Annual report of lunatic asylums [Bombay] - 1912-1922
Year: 1912
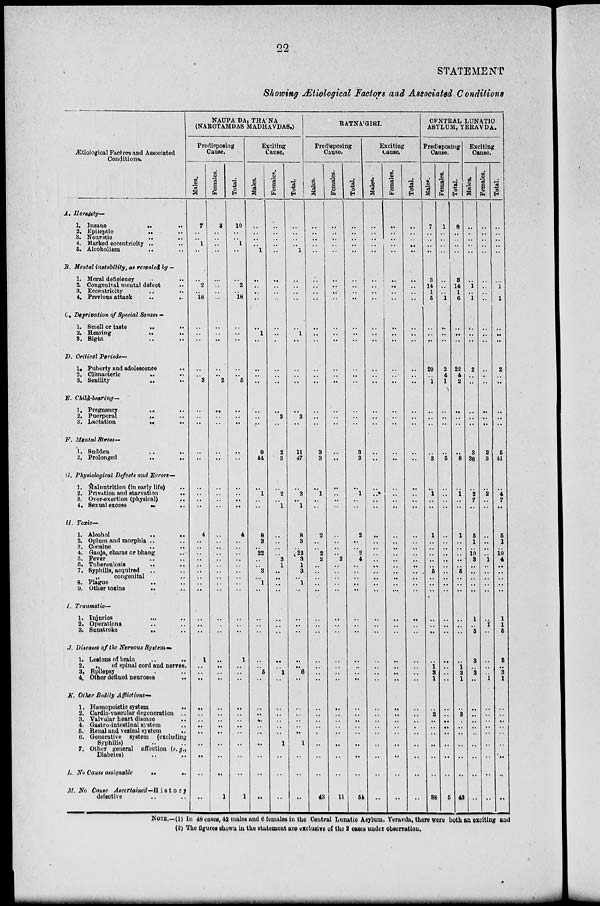
22
STATEMENT
Showing Ætiological Factors and Associated Conditions
Ætiological Factors and Associated
Conditions.
A. Heredity—
1. Insane
..
..
2. Epileptic
..
..
3. Neurotic
..
..
4. Marked eccentricity .. ..
5. Alcoholism
..
..
B. 3Iental instability, as revealed by —
1. Moral deficiency
..
..
2. Congeniial mental defect
..
3. Eccentricity
..
..
4. Previous attack
..
..
C. Deprivation of Special Senses -
1. Smell or taste
..
..
2. Hearing
..
..
3. Sight .. ..
D. Critical Periods—
1. Puberty and adolescence ..
2. Climacteric
..
..
3. Senility
..
..
E. Child-bearing—
1. Pregnancy
..
..
2. Puerperal
..
..
3. Lactation
..
..
F. Mental Stress—
1. Sudden
..
..
2. Prolonged
..
..
G. Physiological Defects and Errors—
1. Malnutrition (in early life) ..
2. Privation and starvation
..
3. Over-exertion (physical)
..
4. Sexual excess
..
..
11. Toxic—
1. Alcohol
..
..
2. Opium and morphia .. ..
3. Cocaine
..
..
4. Ganja, charas or bhang ..
5. Fever .. ..
6. Tuberculosis .. ..
7. Syphilis, acquired .. ..
„
congenital ..
8. Plague .. ..
9. Other toxins
..
..
I. Traumatic—
1. Injuries .. ..
2. Operations .. ..
3. Sunstroke .. .. ..
J. Diseases of the Nervous System—
1. Lesions of brain .. ..
2.
„
of spinal cord and nerves.
3. Epilepsy .. ..
4. Other defined neuroses
..
K. Other Bodily Afflictions—
1. Hæmopoietic system
..
2. Cardio-vascular degeneration ..
3. Valvular heart disease ..
4. Gastro-intestinal system ..
5. Renal and vesical system
..
6. Generative system (excluding
Syphilis) .. ..
7. Other general affection (e.g.,
Diabetes) .. ..
L. No Cause assignable
..
..
M. No Cause
Ascertained—History
defective .. ..
NAUPA'DA, THA'NA
(NAROTAMDAS MADHAVDAS.)
Predisposing
Cause.
Males.
7
..
..
1
..
..
2
..
18
..
..
..
..
..
..
3
..
..
..
..
..
..
..
..
..
..
4
..
..
..
..
..
..
..
..
..
..
..
..
1
..
..
..
..
..
..
..
..
..
..
..
..
Females.
3
..
..
..
..
..
..
..
..
..
..
..
..
..
..
2
..
..
..
..
..
..
..
..
..
..
..
..
..
..
..
..
..
..
..
..
..
..
..
..
..
..
..
..
..
..
..
..
..
..
..
1
Total.
10
..
..
1
..
..
2
..
18
..
..
..
..
..
..
5
..
..
..
..
..
..
..
..
..
..
4
..
..
..
..
..
..
..
..
..
..
..
..
1
..
..
..
..
..
..
..
..
..
..
..
1
Exciting
Cause.
Males.
..
..
..
..
1
..
..
..
..
..
1
..
..
..
..
..
..
..
..
..
9
44
..
1
..
..
8
3
..
22
..
..
3
..
1
..
..
..
..
..
..
5
..
..
..
..
..
..
..
..
..
..
Females.
..
..
..
..
..
..
..
..
..
..
..
..
..
..
..
..
..
3
..
..
2
3
..
2
..
1
..
..
..
..
3
1
..
..
..
..
..
..
..
..
..
1
..
..
..
..
..
..
1
..
..
..
Total.
..
..
..
..
1
..
..
..
..
..
1
..
..
..
..
..
..
3
..
..
11
47
..
3
..
1
8
3
..
22
3
1
3
..
1
..
..
..
..
..
..
6
..
..
..
..
..
..
1
..
..
..
RATNA'GIRI.
Predisposing
Cause.
Males.
..
..
..
..
..
..
..
..
..
..
..
..
..
..
..
..
..
..
..
..
3
3
..
1
..
..
2
..
..
2
2
..
..
..
..
..
..
..
..
..
..
..
..
..
..
..
..
..
..
..
..
43
Females.
..
..
..
..
..
..
..
..
..
..
..
..
..
..
..
..
..
..
..
..
..
..
..
..
..
..
..
..
..
..
2
..
..
..
..
..
..
..
..
..
..
..
..
..
..
..
..
..
..
..
..
11
Total.
..
..
..
..
..
..
..
..
..
..
..
..
..
..
..
..
..
..
..
..
3
3
..
1
..
..
2
..
..
2
4
..
..
..
..
..
..
..
..
..
..
..
..
..
..
..
..
..
..
..
..
54
Exciting
Cause.
Males.
..
..
..
..
..
..
..
..
..
..
..
..
..
..
..
..
..
..
..
..
..
..
..
..
..
..
..
..
..
..
..
..
..
..
..
..
..
..
..
..
..
..
..
..
..
..
..
..
..
..
..
..
Females.
..
..
..
..
..
..
..
..
..
..
..
..
..
..
..
..
..
..
..
..
..
..
..
..
..
..
..
..
..
..
..
..
..
..
..
..
..
..
..
..
..
..
..
..
..
..
..
..
..
..
..
..
Total.
..
..
..
..
..
..
..
..
..
..
..
..
..
..
..
..
..
..
..
..
..
..
..
..
..
..
..
..
..
..
..
..
..
..
..
..
..
..
..
..
..
..
..
..
..
..
..
..
..
..
..
..
CENTRAL LUNATIC
ASYLUM, YERAVDA.
Predisposing
Cause.
Males.
7
..
..
..
..
3
14
1
5
..
..
..
..
20
..
1
..
..
..
..
..
3
..
1
..
..
1
..
..
..
..
..
5
..
..
..
..
..
..
..
1
3
1
..
3
..
..
..
..
..
..
38
Females.
1
..
..
..
..
..
..
..
1
..
..
..
..
2
4
1
..
..
..
..
..
5
..
..
..
..
..
..
..
..
..
..
..
..
..
..
..
..
..
..
..
..
..
..
..
..
..
..
..
..
..
5
Total.
8
..
..
..
..
3
14
1
6
..
..
..
..
22
4
2
..
..
..
..
..
8
..
1
..
..
1
..
..
..
..
..
5
..
..
..
..
..
..
..
1
3
1
..
3
..
..
..
..
..
..
43
Exciting
Cause.
Males.
..
..
..
..
..
..
1
..
1
..
..
..
..
2
..
..
..
..
..
..
3
38
..
2
7
..
5
1
..
10
3
..
..
..
..
..
1
..
5
3
..
3
..
..
..
..
..
..
..
..
..
..
Females.
..
..
..
..
..
..
..
..
..
..
..
..
..
..
..
..
..
..
..
..
2
3
..
2
..
..
..
..
..
..
1
..
..
..
..
..
..
1
..
..
..
..
1
..
..
..
..
..
..
..
..
..
Total.
..
..
..
..
..
..
1
..
1
..
..
..
..
2
..
..
..
..
..
..
5
41
..
4
7
..
5
1
..
10
4
..
..
..
..
..
1
1
5
3
..
3
1
..
..
..
..
..
..
..
..
..
NOTE.—(1) In 48 cases, 42 males and 6 females in the Central Lunatic Asylum, Yeravda, there were both an exciting and
(2) The figures shown in the statement are exclusive of the 2 cases under observation.